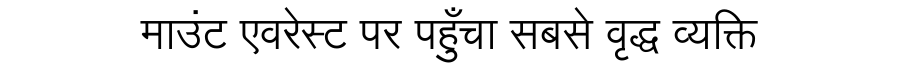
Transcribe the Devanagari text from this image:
माउंट एवरेस्ट पर पहुँचा सबसे वृद्ध व्यक्ति